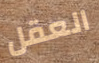
العقل